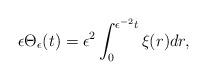
LaTeX: \begin{align*}\begin{aligned}\epsilon \Theta_{\epsilon}(t)=\epsilon^{2}\int^{\epsilon^{-2}t}_{0}\xi(r)dr,\end{aligned}\end{align*}